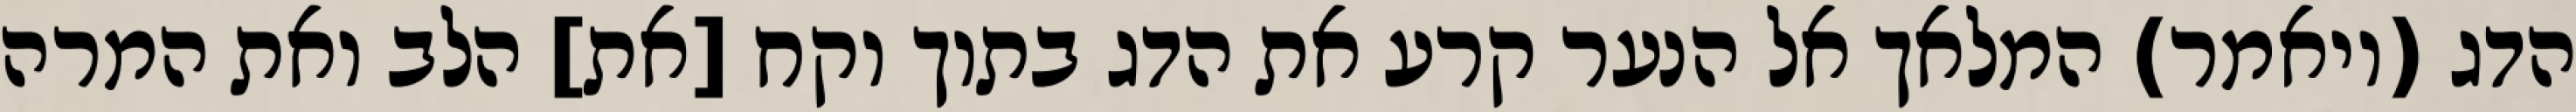
הדג (ויאמר) המלאך אל הנער קרע את הדג בתוך וקח [את] הלב ואת המרה